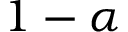
1 - \alpha